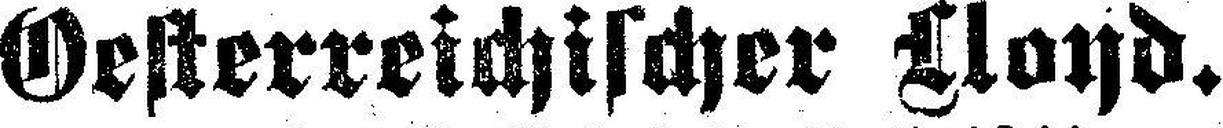
Oesterreichischer Cloyd.